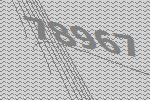
78967